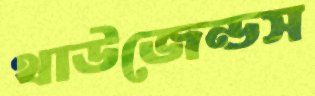
থাউজেন্ডস